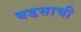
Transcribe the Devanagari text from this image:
बडसाची